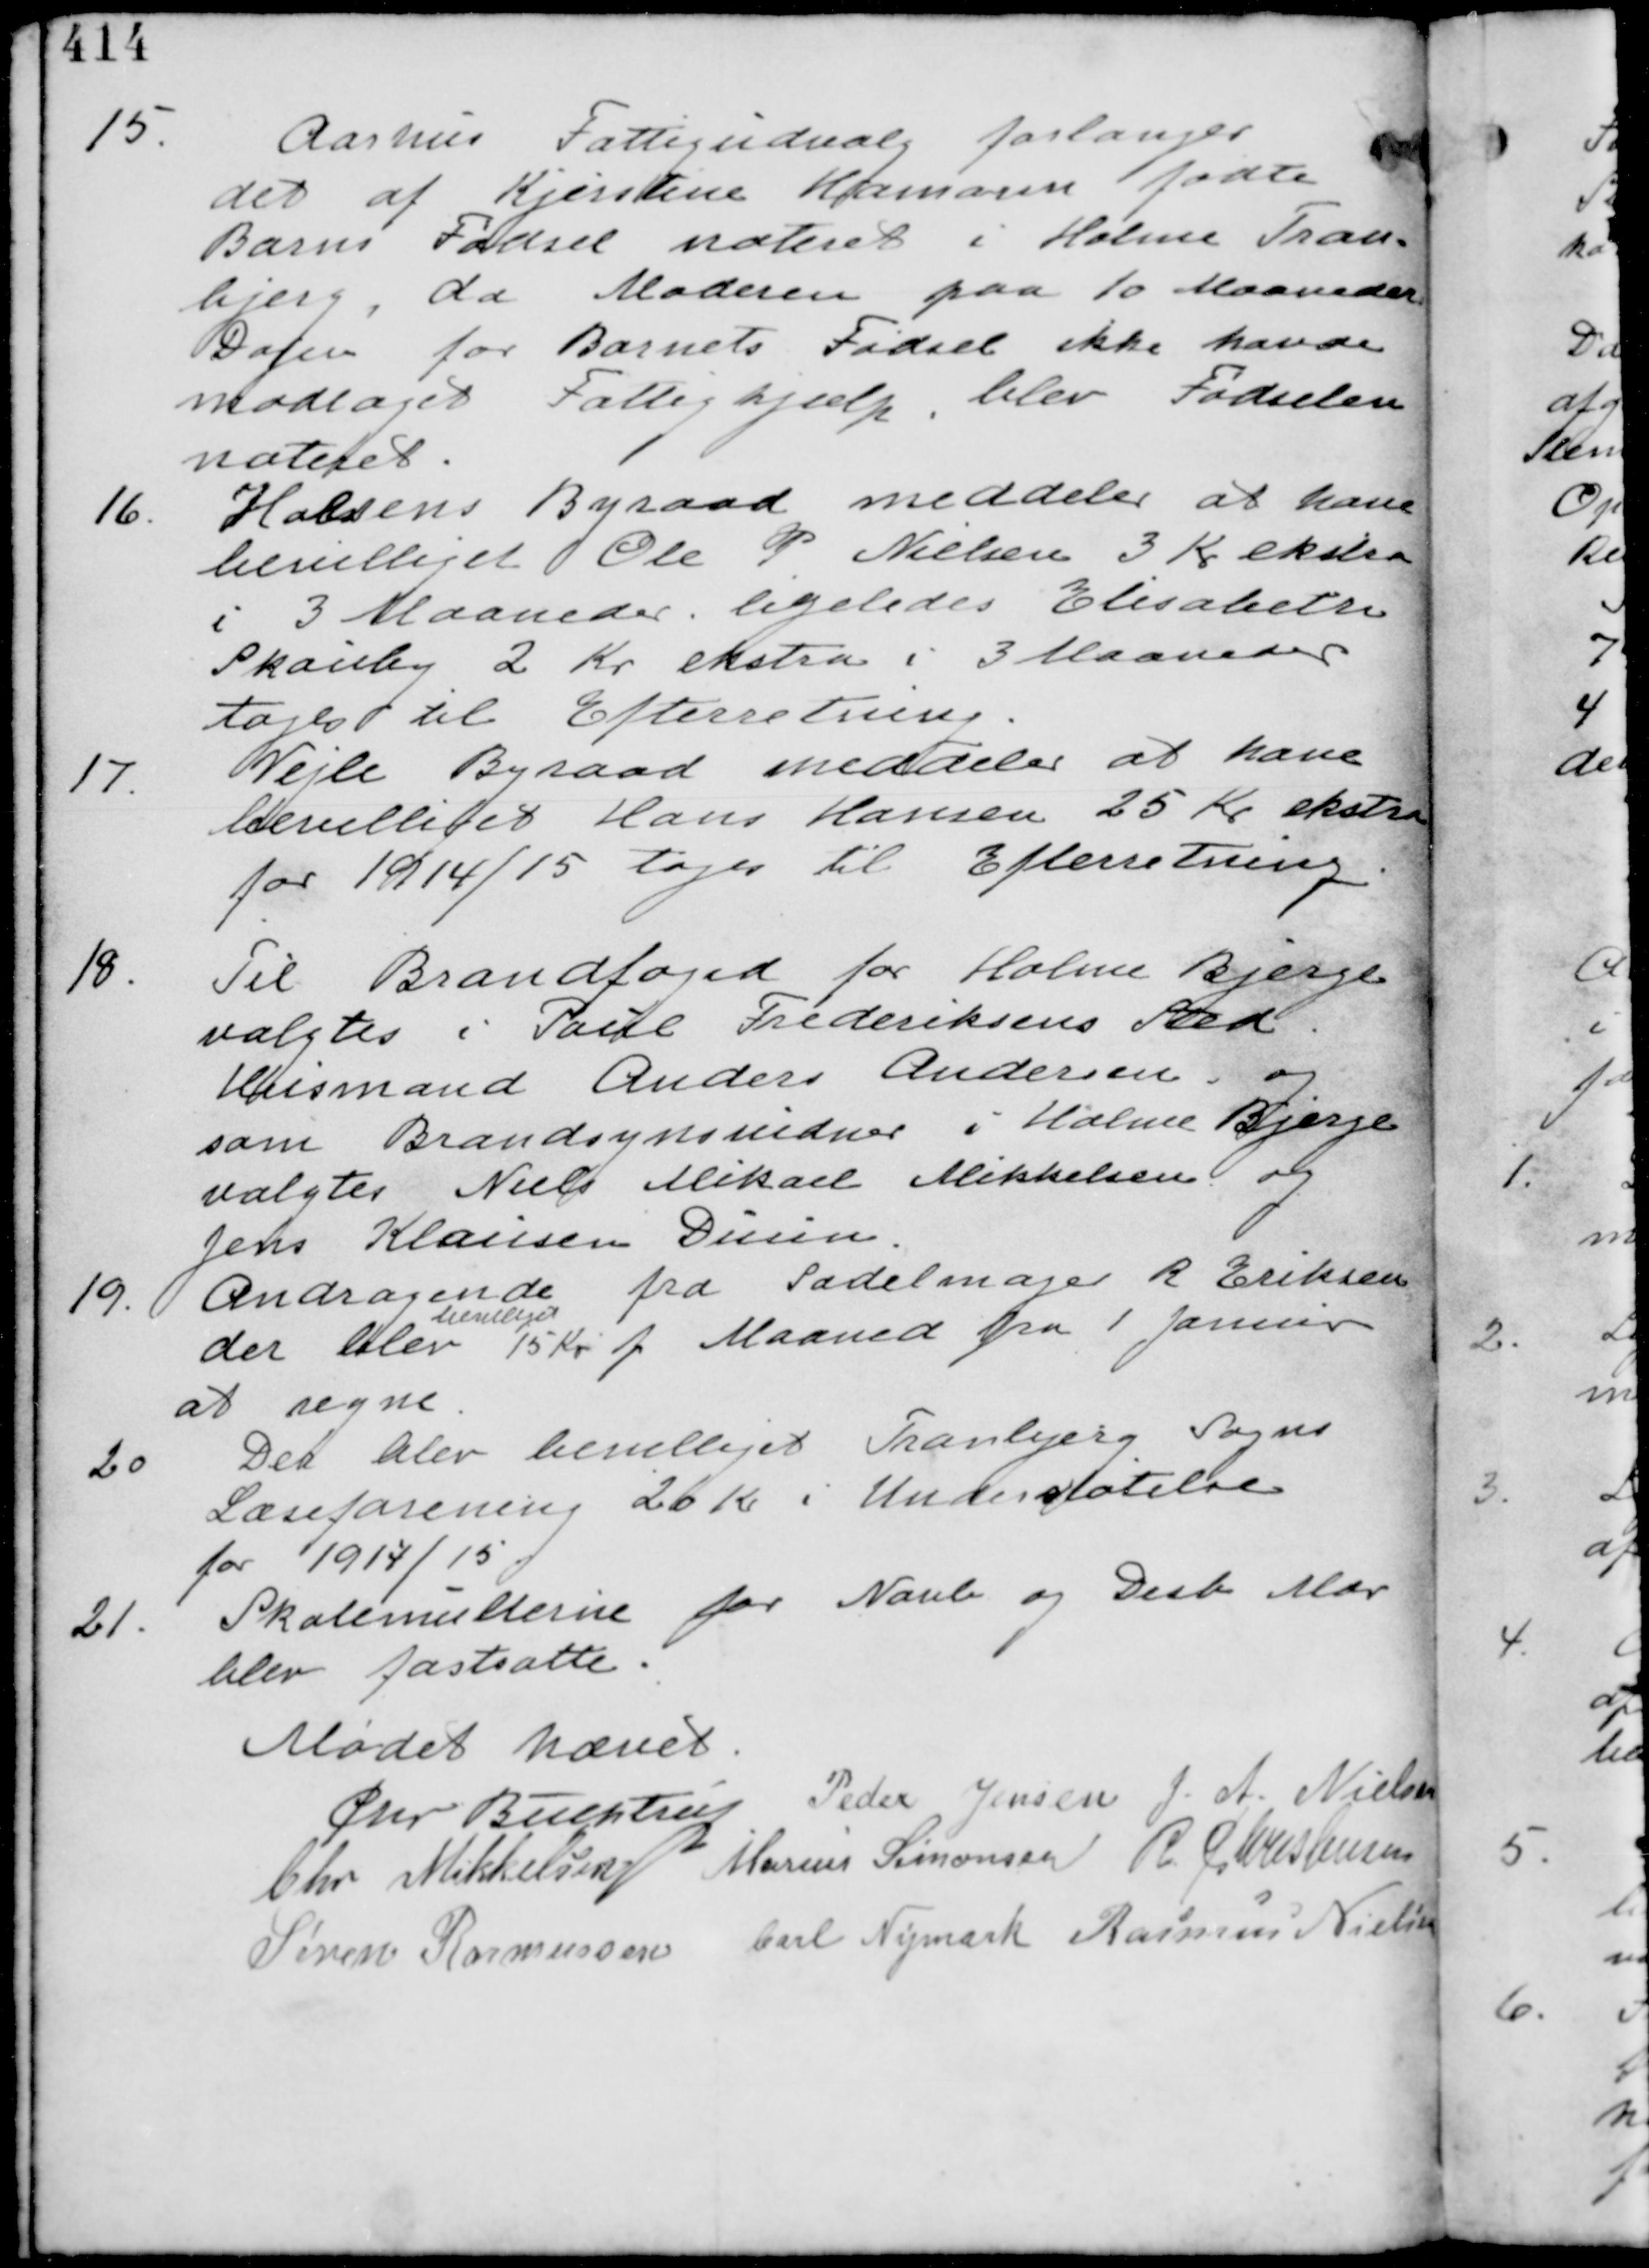
Transskription:
15.
Aarhus Fattigudvalg forlanger
det af Kjerstine Hamasen fødte
Barns Fødsel noteret i Holme Tran-
bjerg, da Moderen paa 10 Maaneder
Dagen for Barnets Fødsel ikke havde
modtaget Fattighjælp, blev Fødselen
noteret

16. Horsens Byraad meddeler at have
bevilliget Ole P Nielsen 3 Kr ekstra
i 3 Maaneder. ligeledes Elisabeth
Skouby 2 Kr ekstra i 3 Maaneder
tages til Efterretning

17.
Vejle Byraad meddeler at have
bevilliget Hans Hansen 25 Kr ekstra
for 1914/15 tages til Efterretning

18.
Til Brandfoged for Holme Bjerge
valgtes i Paul Frederiksens Sted
Husmand Anders Andersen og
som Brandsynsvidner i Holme Bjerge
valgtes Niels Mikael Mikkelsen og
Jens Klausen Dusen

19. Andragende fra Sadelmager R Eriksen
der blev
bevilliget
15 Kr p Maaned fra 1 Januar
at regne

20
Der blev bevilliget Tranbjerg Sogns
Læseforening 20 Kr i Understøttelse
for 1914/15

21.
Skolemulterne for Novb og Decb Mdr
blev fastsatte

Mødet hævet
Chr Buchtrup Peder Jensen J. A. Nielsen
Chr Mikkelsen Marius Simonsen R Christensen
Søren Rasmussen Carl Nymark Rasmus Nielsen